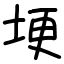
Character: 埂